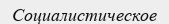
Социалистическое